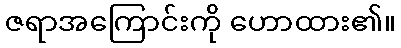
ဇရာအကြောင်းကို ဟောထား၏။